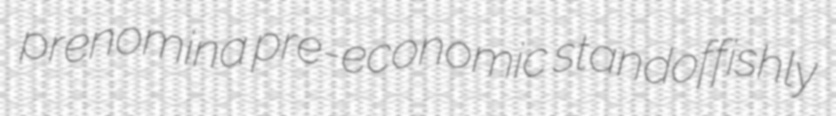
prenomina pre-economic standoffishly